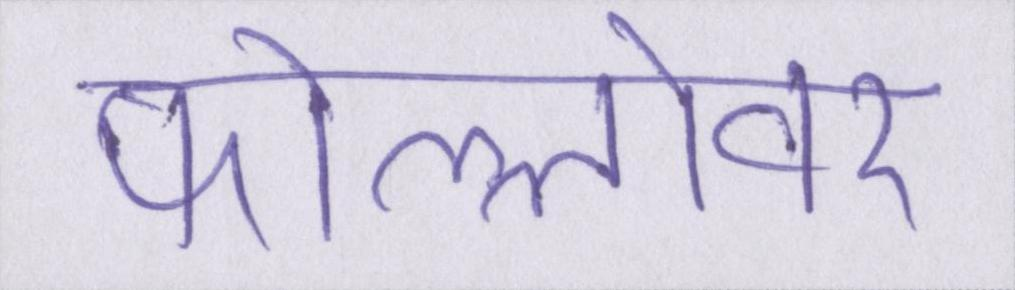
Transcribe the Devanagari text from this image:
फोल्लोवर